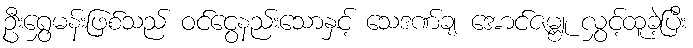
ဦးရွှေမန်းဖြစ်သည် ဝင်ငွေနည်းသောနှင့် သေဒဏ်ချ အောင်ဇမ္ဗူ လွှင့်ထူခဲ့ပြီး